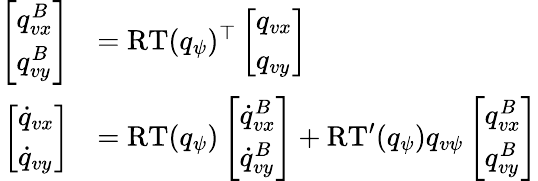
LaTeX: \begin{array}{rl}{\left[\begin{array}{l}{q_{vx}^{B}}\\ {q_{vy}^{B}}\end{array}\right]}&{=\mathrm{RT}(q_{\psi})^{\top}\left[\begin{array}{l}{q_{vx}}\\ {q_{vy}}\end{array}\right]}\\ {\left[\begin{array}{l}{\dot{q}_{vx}}\\ {\dot{q}_{vy}}\end{array}\right]}&{=\mathrm{RT}(q_{\psi})\left[\begin{array}{l}{\dot{q}_{vx}^{B}}\\ {\dot{q}_{vy}^{B}}\end{array}\right]+\mathrm{RT}^{\prime}(q_{\psi})q_{v\psi}\left[\begin{array}{l}{q_{vx}^{B}}\\ {q_{vy}^{B}}\end{array}\right]}\end{array}